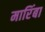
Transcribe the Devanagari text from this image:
मारिंबा